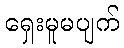
ရှေးမူမပျက်